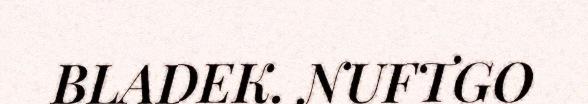
BLADEK. NUFTGO